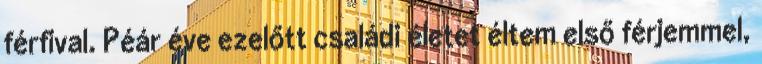
férfival. Péár éve ezelőtt családi életet éltem első férjemmel,